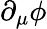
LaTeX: \partial_{\mu}\phi